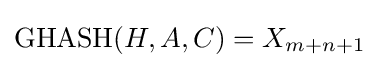
\operatorname {GHASH} (H,A,C)=X_{m+n+1}